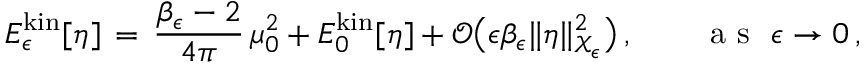
E _ { \epsilon } ^ { \mathrm { k i n } } [ \eta ] \, = \, \frac { \beta _ { \epsilon } - 2 } { 4 \pi } \, \mu _ { 0 } ^ { 2 } + E _ { 0 } ^ { \mathrm { k i n } } [ \eta ] + \mathcal { O } \bigl ( \epsilon \beta _ { \epsilon } \| \eta \| _ { \mathcal { X } _ { \epsilon } } ^ { 2 } \bigr ) \, , \qquad \mathrm { ~ a ~ s ~ } ~ \epsilon \to 0 \, ,